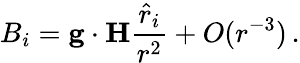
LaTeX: B_{i}={\mathbf g}\cdot{\mathbf H}{\frac{{\hat{r}}_{i}}{r^{2}}}+O(r^{-3})\, .